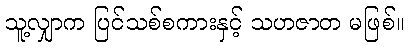
သူ့လျှာက ပြင်သစ်စကားနှင့် သဟဇာတ မဖြစ်။